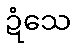
ဍံသေ